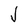
Character: J